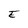
Character: E